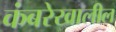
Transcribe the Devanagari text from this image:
कंबरेखालील